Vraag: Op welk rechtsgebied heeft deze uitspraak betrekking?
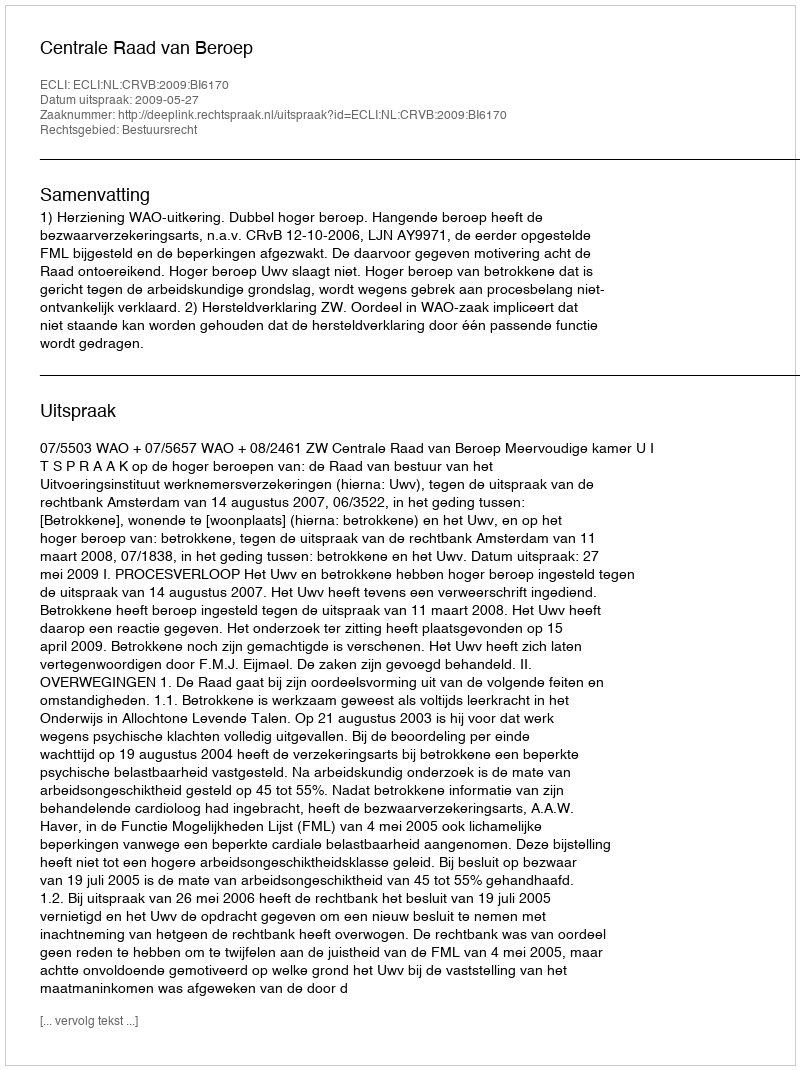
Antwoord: Bestuursrecht